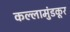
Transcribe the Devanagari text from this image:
कल्लामुंडकूर